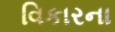
વિકારના